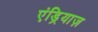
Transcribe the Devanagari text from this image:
एंड्रियाज़